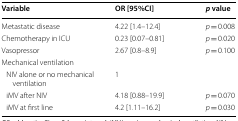
<table><thead><tr><td><b>Variable</b></td><td><b>OR [95%CI]</b></td><td><b><i>p</i> value</b></td></tr></thead><tbody><tr><td>Metastatic disease</td><td>4.22 [1.4–12.4]</td><td><i>p</i> = 0.008</td></tr><tr><td>Chemotherapy in ICU</td><td>0.23 [0.07–0.81]</td><td><i>p</i> = 0.020</td></tr><tr><td>Vasopressor</td><td>2.67 [0.8–8.9]</td><td><i>p</i> = 0.100</td></tr><tr><td>Mechanical ventilation</td><td></td><td></td></tr><tr><td> NIV alone or no mechanical ventilation</td><td>1</td><td></td></tr><tr><td> iMV after NIV</td><td>4.18 [0.88–19.9]</td><td><i>p</i> = 0.070</td></tr><tr><td> iMV at first line</td><td>4.2 [1.11–16.2]</td><td><i>p</i> = 0.030</td></tr></tbody></table>